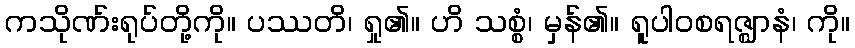
ကသိုဏ်းရုပ်တို့ကို။ ပဿတိ၊ ရှု၏။ ဟိ သစ္စံ၊ မှန်၏။ ရူပါဝစရဇ္ဈာနံ၊ ကို။